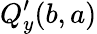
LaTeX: Q_{y}^{\prime}(b,a)